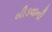
બીડવાની